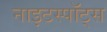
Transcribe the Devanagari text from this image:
नाइटस्पॉट्स